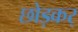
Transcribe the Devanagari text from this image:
छोड़कर्